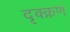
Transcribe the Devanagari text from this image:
दृक्क्रण